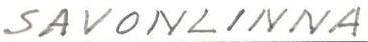
SAVONLINNA